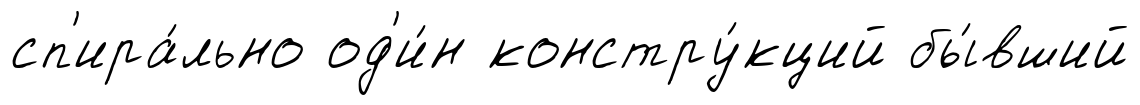
сп'ира́льно од'и́н констру́кций бы́вший